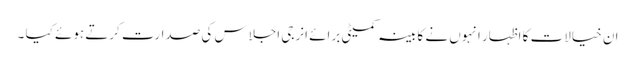
ان خیالات کا اظہار انہوں نے کابینہ کمیٹی برائے انرجی اجلاس کی صدارت کرتے ہوئے کیا ۔